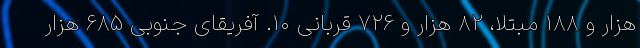
هزار و ۱۸۸ مبتلا، ۸۲ هزار و ۷۲۶ قربانی ۱۰. آفریقای جنوبی ۶۸۵ هزار